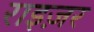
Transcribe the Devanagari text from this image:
राइज़र